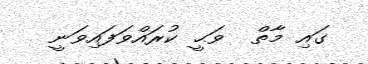
ގައި މާތް  ވަޙީ ކުރައްވަފައިވަނީ